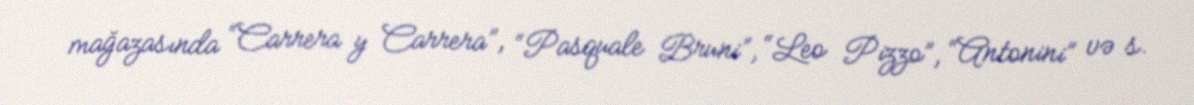
mağazasında “Carrera y Carrera”, “Pasquale Bruni”, “Leo Pizzo”, “Antonini” və s.